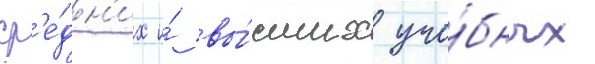
ср'е́дн'их и́ вы́сших уче́бных